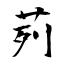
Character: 茢